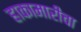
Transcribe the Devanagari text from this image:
हाकामारीचा